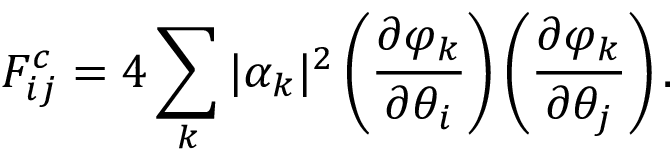
F _ { i j } ^ { c } = 4 \sum _ { k } | \alpha _ { k } | ^ { 2 } \left( \frac { \partial \varphi _ { k } } { \partial \theta _ { i } } \right) \left( \frac { \partial \varphi _ { k } } { \partial \theta _ { j } } \right) .